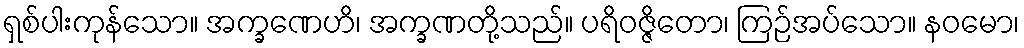
ရှစ်ပါးကုန်သော။ အက္ခဏေဟိ၊ အက္ခဏတို့သည်။ ပရိဝဇ္ဇိတော၊ ကြဉ်အပ်သော။ နဝမော၊